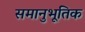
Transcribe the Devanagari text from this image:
समानुभूतिक